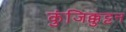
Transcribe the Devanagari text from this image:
कुंजिक्कुट्टन